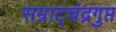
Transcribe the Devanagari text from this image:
सम्राट्चंद्रगुप्त